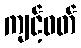
ကျင့်ဝတ်